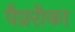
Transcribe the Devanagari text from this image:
पैप्ररीका